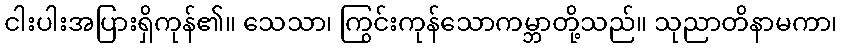
ငါးပါးအပြားရှိကုန်၏။ သေသာ၊ ကြွင်းကုန်သောကမ္ဘာတို့သည်။ သုညာတိနာမကာ၊